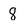
Character: 8